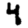
Digit: 4